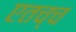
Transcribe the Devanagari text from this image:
एतच्च